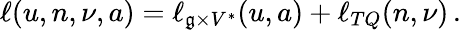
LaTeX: \begin{array}{r}{\ell(u,n,\nu,a)=\ell_{\mathfrak{g}\times V^{*}}(u,a)+\ell_{TQ}(n,\nu)\, .}\end{array}